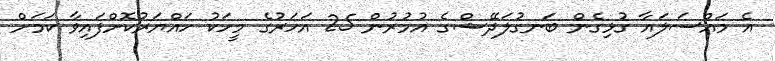
އެ މައްސަލައާ ގުޅިގެން ބަނގުލަދޭޝްގެ އުމުރުން 25 އަހަރުގެ މީހަކު ހައްޔަރުކޮށްފައިވާ ކަމަށް